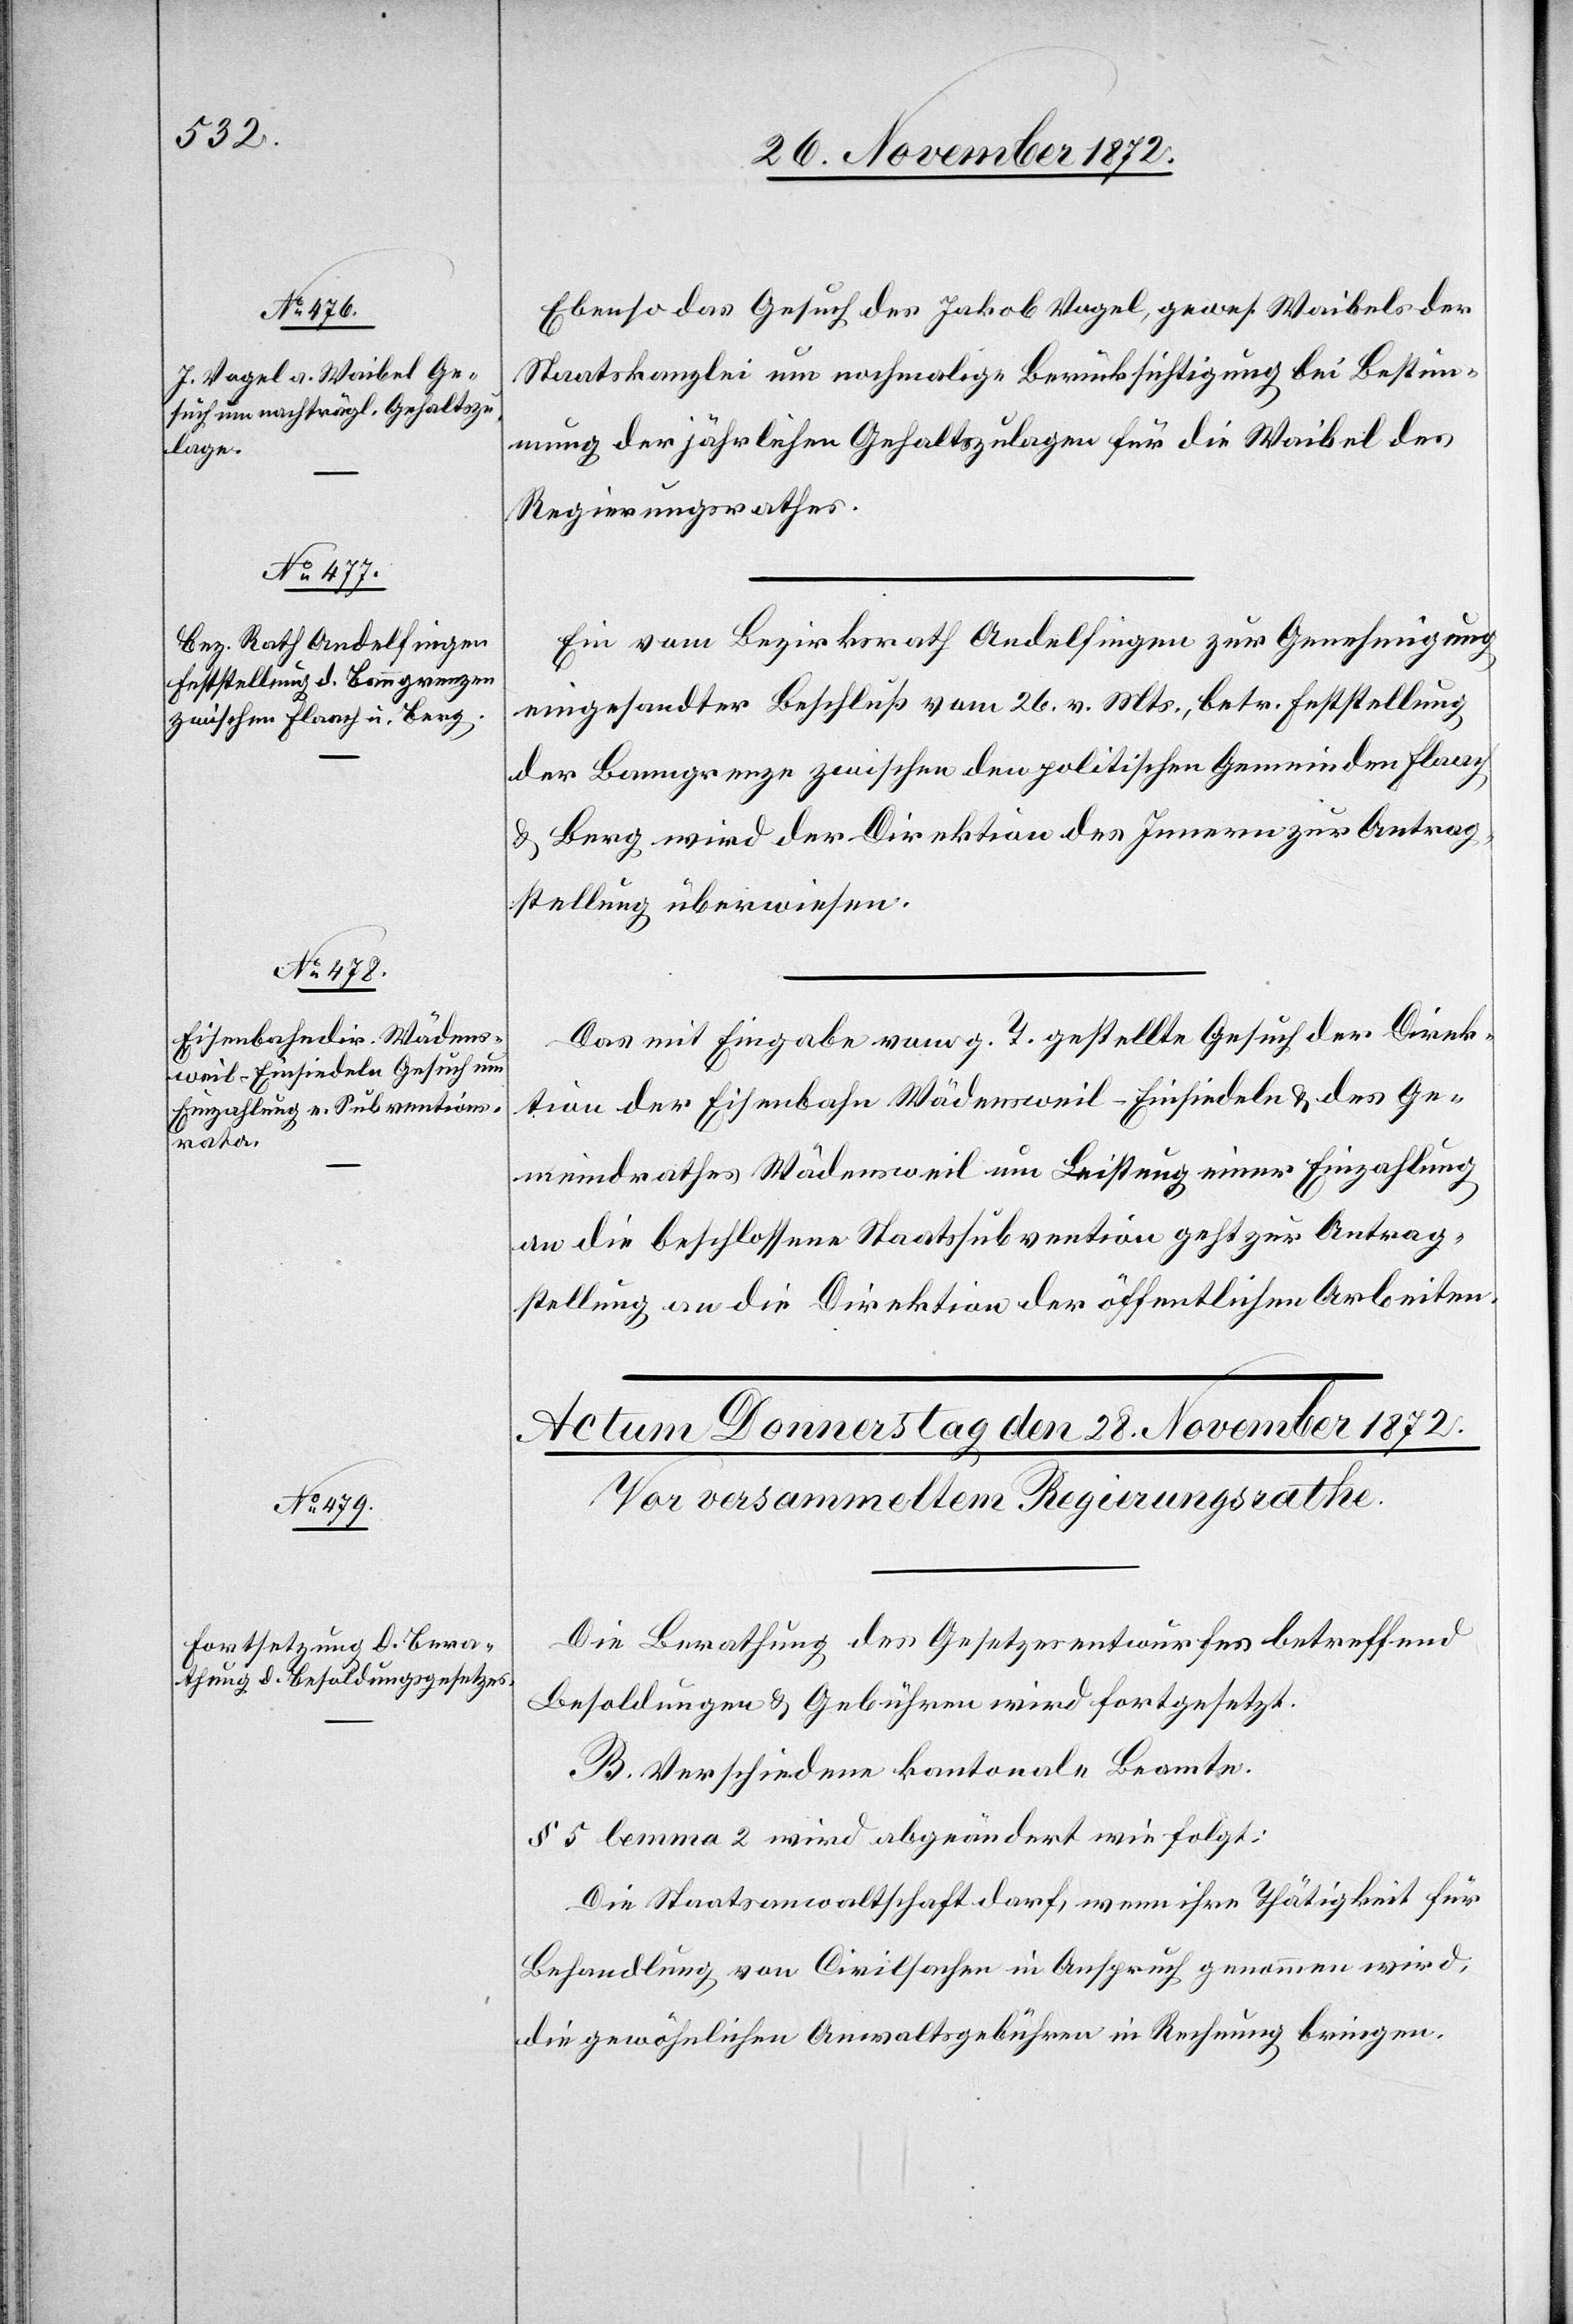
26. November 1872.]
Ebenso das Gesuch des Jakob Vogel, gewes. Waibels der
Staatskanzlei um nochmalige Berücksichtigung der Bestim¬
mung der jährlichen Gehaltszulagen für die Waibel des
Regierungsrathes.
Ein vom Bezirksrath Andelfingen zur Genehmigung
eingesandter Beschluß vom 26. v. Mts., betr. Feststellung
der Banngrenze zwischen den politischen Gemeinden Flaach
u. Berg wird der Direktion des Innern zur Antrag¬
stellung überwiesen.
Das mit Eingabe vom g. T. gestellte Gesuch der Direk¬
tion der Eisenbahn Wädensweil–Einsiedeln u. des Ge¬
meindrathes Wädensweil um Leistung einer Einzahlung
an die beschlossene Staatssubvention geht zur Antrag¬
stellung an die Direktion der öffentlichen Arbeiten.
Die Berathung des Gesetzesentwurfes betreffend
Besoldungen u. Gebühren wird fortgesetzt.
B. Verschiedene kantonale Beamte.
§ 5 lemma 2 wird abgeändert wie folgt:
Die Staatsanwaltschaft darf, wenn ihre Thätigkeit für
Behandlung von Civilsachen in Anspruch genommen wird,
die gewöhnlichen Anwaltsgebühren in Rechnung bringen.